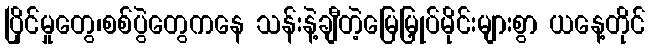
ပြိုင်မှုတွေ၊စစ်ပွဲတွေကနေ သန်းနဲ့ချီတဲ့မြေမြှုပ်မိုင်းများစွာ ယနေ့တိုင်